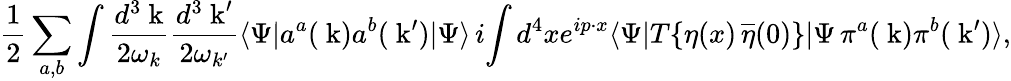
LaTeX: {\frac{1}{2}}\sum_{a,b}\int{\frac{d^{3}\mathrm{\mathbf~k}}{2\omega_{k}}}{\frac{d^{3}\mathrm{\mathbf~k}^{\prime}}{2\omega_{k^{\prime}}}}\langle\Psi|a^{a}(\mathrm{\mathbf~k})a^{b}(\mathrm{\mathbf~k}^{\prime})|\Psi\rangle\, i\! \int d^{4}xe^{ip\cdot x}\langle\Psi|T\{ \eta(x)\, \overline{{{\eta}}}(0)\} |\Psi\, \pi^{a}(\mathrm{\mathbf~k})\pi^{b}(\mathrm{\mathbf~k}^{\prime})\rangle,